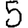
Digit: 5